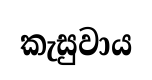
කැසුවාය